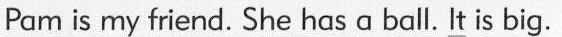
Pam is my friend. She has a ball. \underline{It} is big.